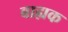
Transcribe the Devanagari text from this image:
बाह्यक